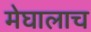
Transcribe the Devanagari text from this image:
मेघालाच